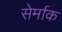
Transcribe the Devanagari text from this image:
सेर्माक